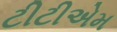
ટીટીએમ